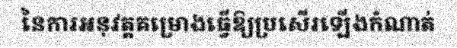
នៃការអនុវត្តគម្រោងធ្វើឱ្យប្រសើរឡើងកំណាត់